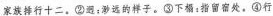
家族择行十二。②避：渺远的样子。③下榻：指留宿处。④行